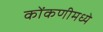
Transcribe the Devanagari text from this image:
कोंकणीमध्ये